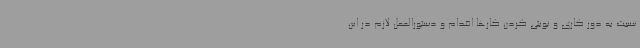
نسبت به دور کاری و نوبتی کردن کارها اقدام و دستورالعمل لازم در این